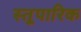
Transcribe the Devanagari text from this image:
स्तूपारिक